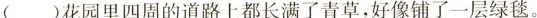
( )花园里四周的道路上都长满了青草，好像铺了一层绿毯。